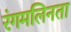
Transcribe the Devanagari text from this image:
रंगमलिनता